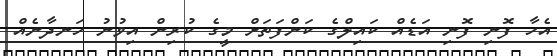
އެހާ ފޮނި ފޮނި އަޑެއް ކައިލްގެ ކަންފަތަށް މީގެ ކުރިން އިވުނު ހަނދާނެއް